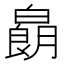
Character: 𱱽